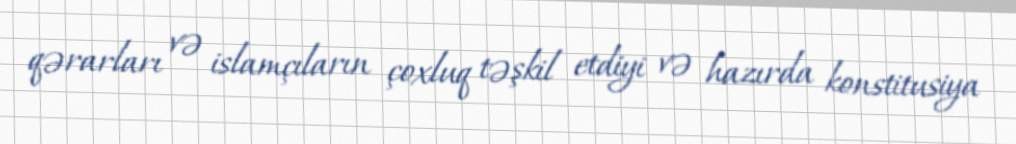
qərarları və islamçıların çoxluq təşkil etdiyi və hazırda konstitusiya